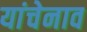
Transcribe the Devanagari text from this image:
यांचेनाव